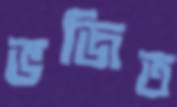
ভজিত